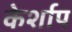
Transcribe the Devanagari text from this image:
केर्शाप